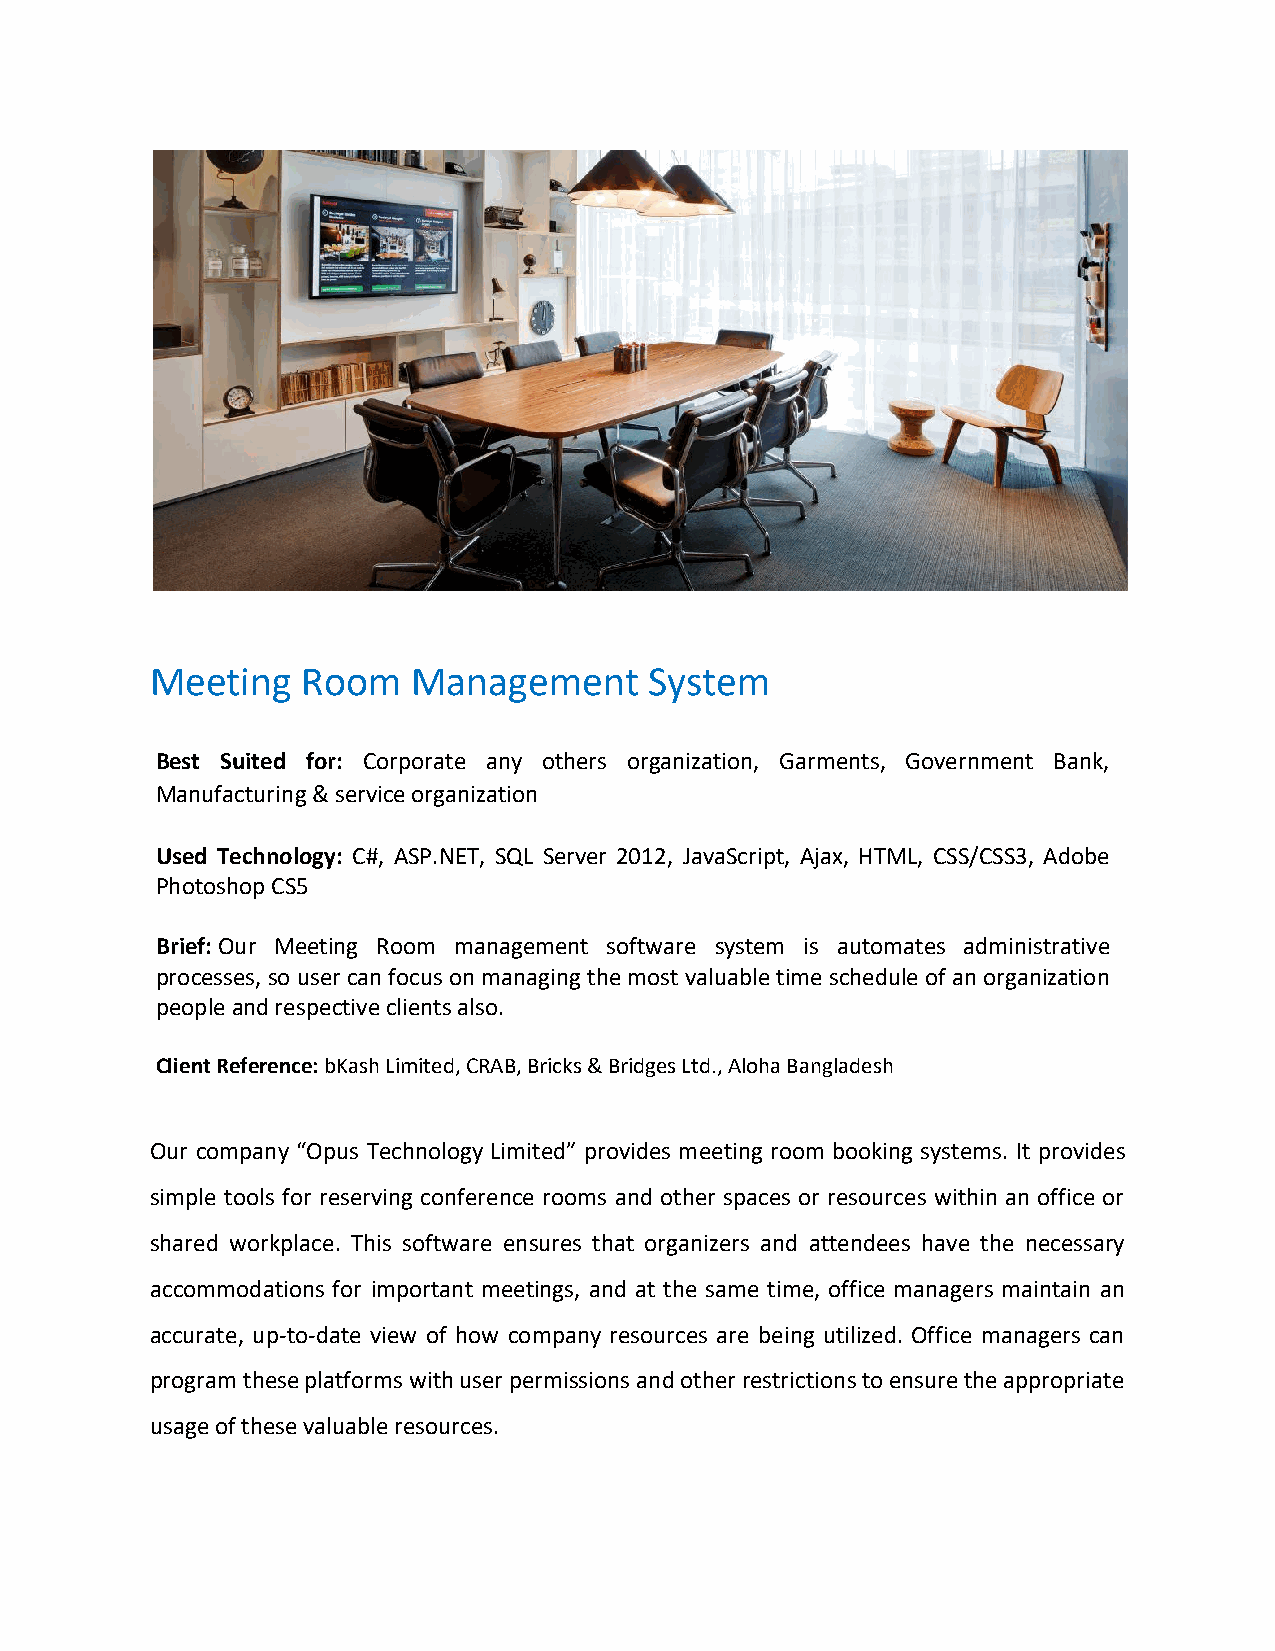
Meeting   Room   Management      System
 Best Suited for: Corporate any others organization, Garments, Government Bank,
 Manufacturing & service organization
 Used Technology: C#, ASP.NET, SQL Server 2012, JavaScript, Ajax, HTML, CSS/CSS3, Adobe
 Photoshop CS5
 Brief: Our Meeting Room management software system is automates administrative
 processes, so user can focus on managing the most valuable time schedule of an organization
 people and respective clients also.
 Client Reference: bKash Limited, CRAB, Bricks & Bridges Ltd., Aloha Bangladesh
 Our company “Opus Technology Limited” provides meeting room booking systems. It provides
 simple tools for reserving conference rooms and other spaces or resources within an office or
 shared workplace. This software ensures that organizers and attendees have the necessary
 accommodations for important meetings, and at the same time, office managers maintain an
 accurate, up-to-date view of how company resources are being utilized. Office managers can
 program these platforms with user permissions and other restrictions to ensure the appropriate
 usage of these valuable resources.